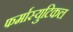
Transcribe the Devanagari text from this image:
फर्मास्युटिकल